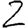
Digit: 2